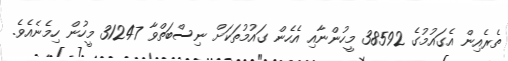
ތެރެއިން އެގައުމުގެ 38592 މީހުންނާއި އެހެން ގައުމުތަކަށް ނިސްބަތްވާ 31247 މީހުން ހިމެނެއެވެ.